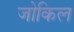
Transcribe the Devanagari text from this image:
जोकिल